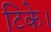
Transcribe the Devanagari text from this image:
टिके।